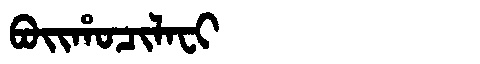
Manchu: ᠪᠣᡳᡥᠣᠴᡳᠯᠠᠸᡳ
Romanization: BOIHOCILAFI